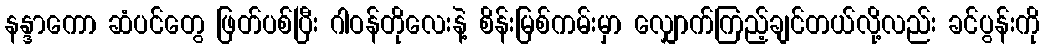
နန္ဒာကော ဆံပင်တွေ ဖြတ်ပစ်ပြီး ဂါဝန်တိုလေးနဲ့ စိန်းမြစ်ကမ်းမှာ လျှောက်ကြည့်ချင်တယ်လို့လည်း ခင်ပွန်းကို